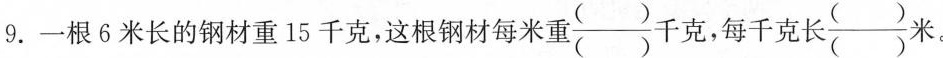
9.一根6米长的钢材重15千克，这根钢材每米重\frac{()}{()}千克，每千克长\frac{()}{()}米。